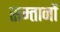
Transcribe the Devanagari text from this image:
सम्तानों